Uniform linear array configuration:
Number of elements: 64
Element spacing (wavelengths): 1
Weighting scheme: hamming
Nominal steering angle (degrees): -15
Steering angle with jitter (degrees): -15.281
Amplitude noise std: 0.05
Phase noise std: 0.05

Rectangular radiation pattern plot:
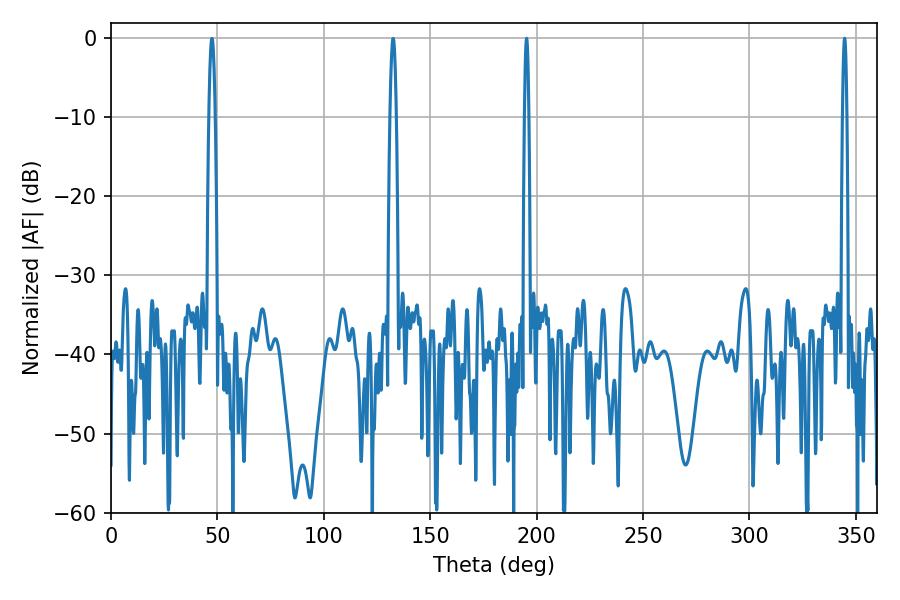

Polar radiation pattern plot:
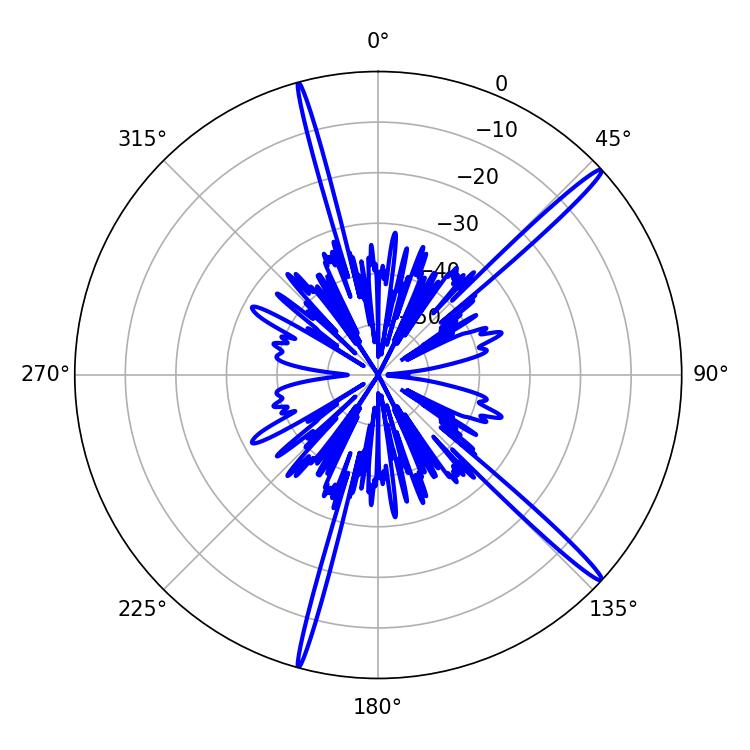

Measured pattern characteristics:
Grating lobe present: TRUE
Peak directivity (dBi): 17.559
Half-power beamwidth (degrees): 1.08
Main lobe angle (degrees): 344.7